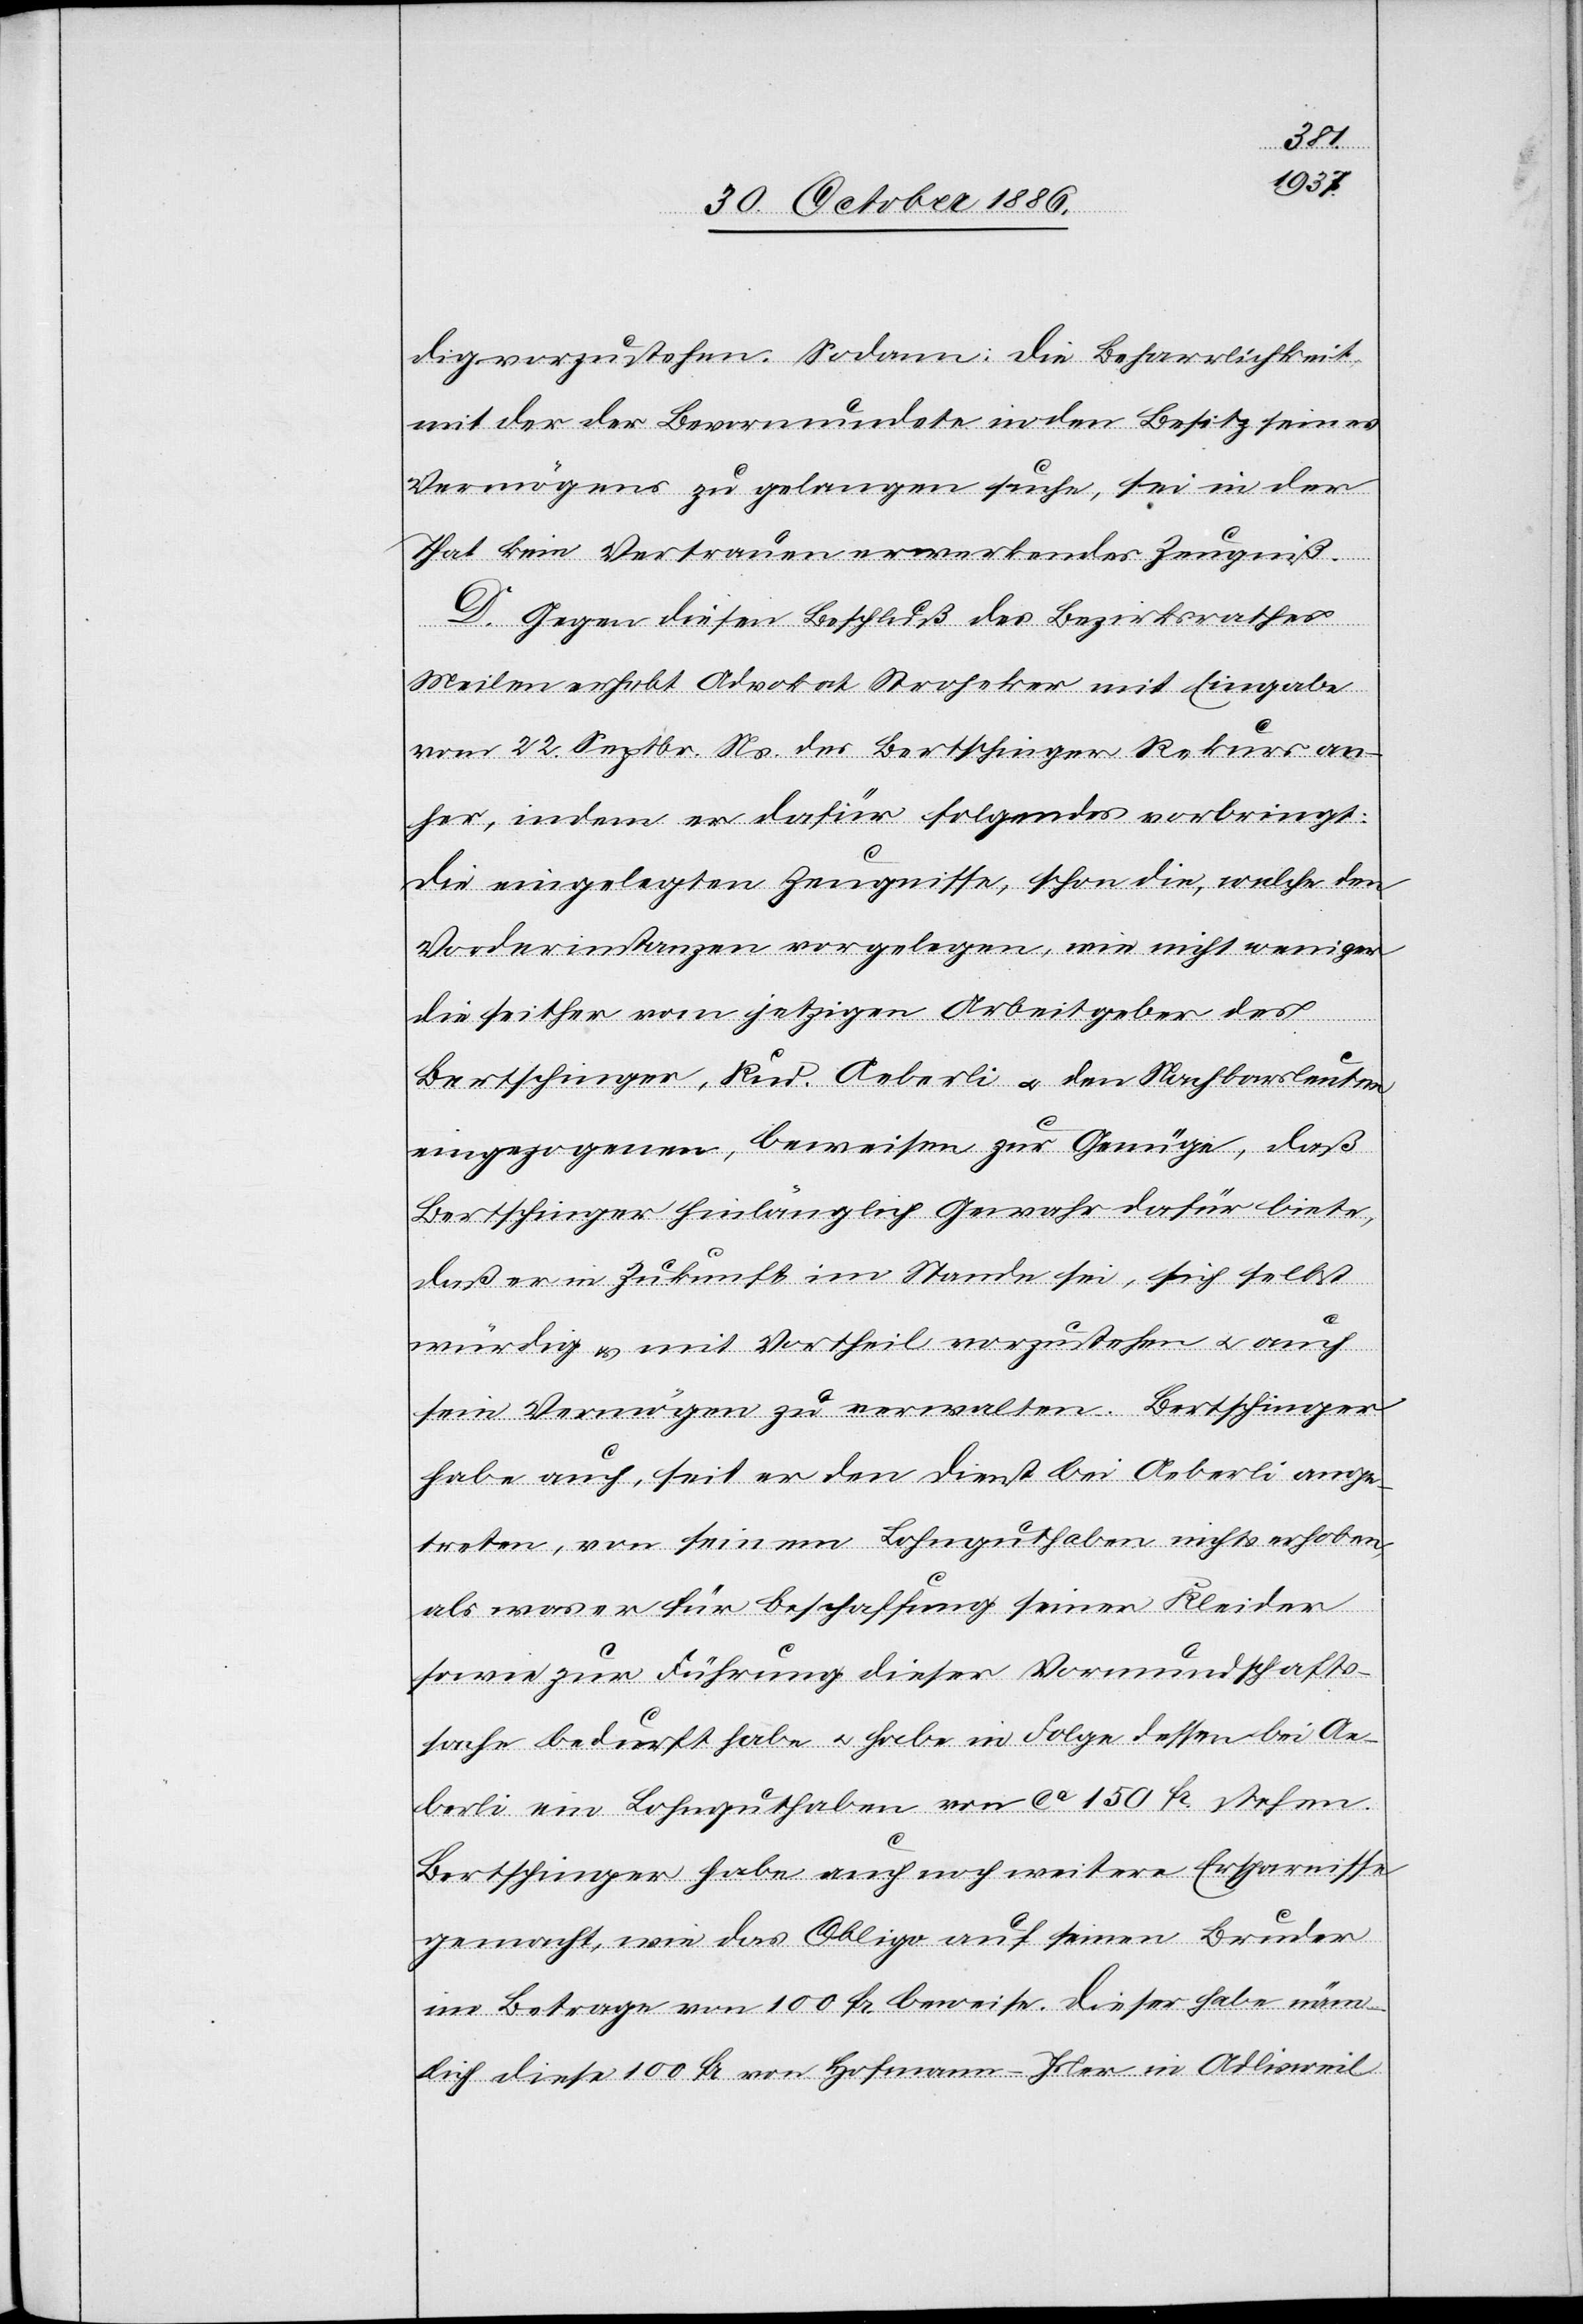
dig vorzustehen. Sodann: Die Beharrlichkeit
mit der der Bevormundete in den Besitz seines
Vermögens zu gelangen suche, sei in der
That kein Vertrauen erwerbendes Zeugniß.
D. Gegen diesen Beschluß des Bezirksrathes
Meilen erhebt Advokat Stroheker mit Eingabe
vom 22. Septbr. Ns. des Bertschinger Rekurs an¬
her, indem er dafür folgendes vorbringt:
Die eingelegten Zeugnisse, schon die, welche den
Vorderinstanzen vorgelegen, wie nicht weniger
die seither vom jetzigen Arbeitgeber des
Bertschinger, Rud. Aeberli & den Nachbarsleuten
eingezogenen, beweisen zur Genüge, daß
Bertschinger hinlänglich Gewahr [sic!] dafür biete,
daß er in Zukunft im Stande sei, sich selbst
würdig & mit Vortheil vorzustehen & auch
sein Vermögen zu verwalten. Bertschinger
habe auch, seit er den Dienst bei Aeberli ange¬
treten, von seinem Lohnguthaben nichts erhoben,
als was er für Beschaffung seiner Kleider
sowie zur Führung dieser Vormundschafts¬
sache bedurft habe & habe in Folge dessen bei Ae¬
berli ein Lohnguthaben von ca 150 Fr. stehen.
Bertschinger habe auch noch weitere Ersparnisse
gemacht, wie das Obligo auf seinen Bruder
im Betrage von 100 Fr. beweise. Dieser habe näm¬
lich diese 100 Fr. von Hofmann-Isler in Adlisweil